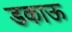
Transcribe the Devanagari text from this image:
डकाऊ